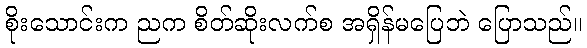
စိုးသောင်းက ညက စိတ်ဆိုးလက်စ အရှိန်မပြေဘဲ ပြောသည်။